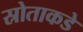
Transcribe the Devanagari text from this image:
स्रोताकडे